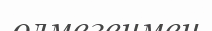
өлмегенмен